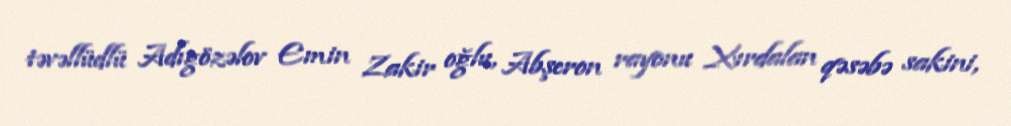
təvəllüdlü Adıgözəlov Emin Zakir oğlu, Abşeron rayonu Xırdalan qəsəbə sakini,